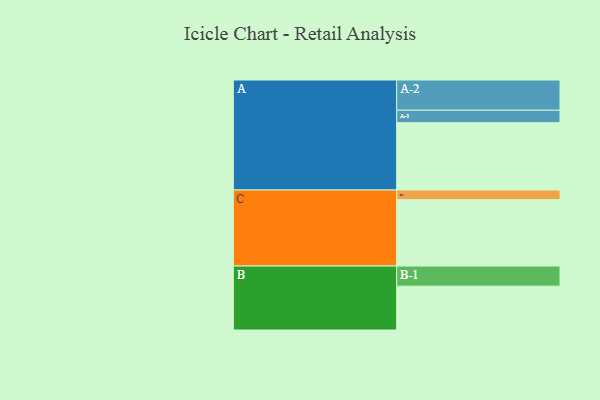
{"axis": {"x": "Segment", "y": "Value"}, "legend": ["", "A", "B", "C"], "data": [{"x": "A", "y": 579, "type": ""}, {"x": "B", "y": 377, "type": ""}, {"x": "C", "y": 571, "type": ""}, {"x": "A-1", "y": 107, "type": "A"}, {"x": "A-2", "y": 260, "type": "A"}, {"x": "B-1", "y": 173, "type": "B"}, {"x": "C-1", "y": 83, "type": "C"}]}